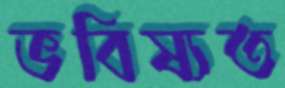
ভবিষ্যত